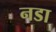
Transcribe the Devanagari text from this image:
नडा